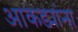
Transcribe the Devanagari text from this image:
आकड्यांना